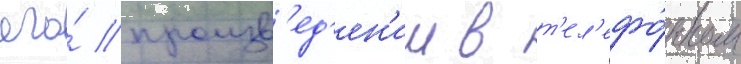
его́ произв'ед'ен'ии в т'ел'ефо́нном